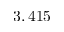
3 , 4 1 5